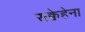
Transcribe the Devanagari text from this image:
सक्वेहेना